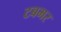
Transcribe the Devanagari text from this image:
टबभर